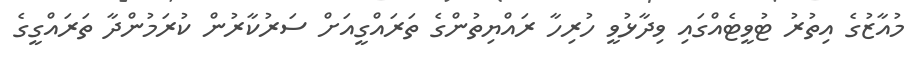
މުއާޒުގެ އިތުރު ޓުވީޓެއްގައި ވިދާޅުވީ ހުރިހާ ރައްޔިތުންގެެ ތަރައްގީއަށް ސަރުކާރުން ކުރަމުންދާ ތަރައްގީގެ